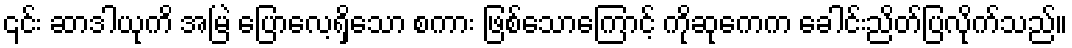
၎င်း ဆာဒါယုကိ အမြဲ ပြောလေ့ရှိသော စကား ဖြစ်သောကြောင့် ကိုဆုကေက ခေါင်းညိတ်ပြလိုက်သည်။